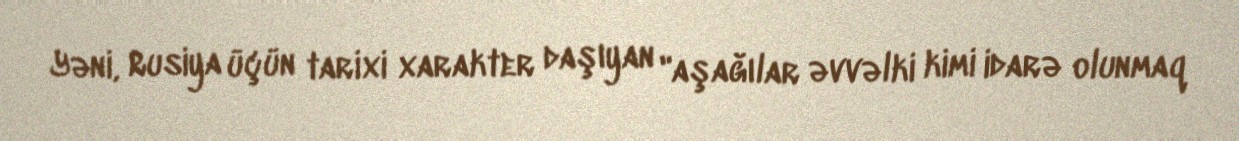
Yəni, Rusiya üçün tarixi xarakter daşıyan "aşağılar əvvəlki kimi idarə olunmaq